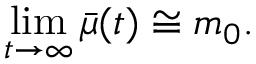
\operatorname * { l i m } _ { t \rightarrow \infty } \bar { \mu } ( t ) \cong m _ { 0 } .